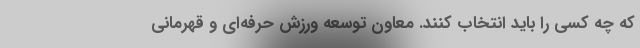
که چه کسی را باید انتخاب کنند. معاون توسعه ورزش حرفه‌ای و قهرمانی